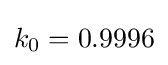
k_{0}=0.9996